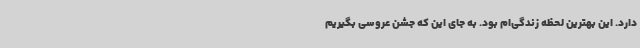
دارد. این بهترین لحظه زندگی‌ام بود. به‌ جای این که جشن عروسی بگیریم